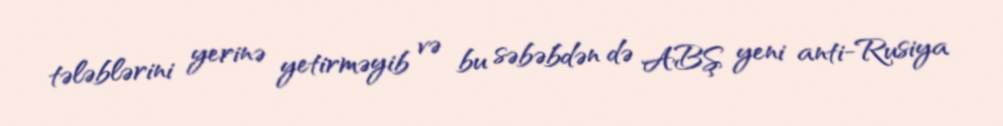
tələblərini yerinə yetirməyib və bu səbəbdən də ABŞ yeni anti-Rusiya